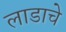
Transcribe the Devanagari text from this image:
लाडाचे